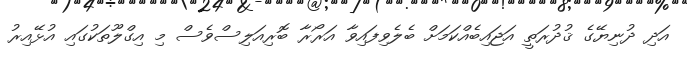
އަދި ދުނިޔޭގެ ޤުދުރަތީ އަޖައިބެއްކަމަށް ބެލެވިފައިވާ އަރޯރާ ބޮރިއަލިސްވެސް މި އިގްލޫތަކުގައި އުޅޭއިރު